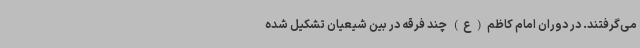
می‌گرفتند. در دوران امام کاظم(ع) چند فرقه در بین شیعیان تشکیل شده